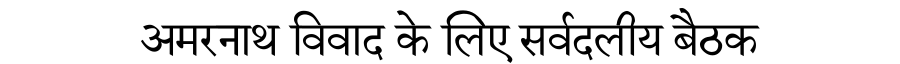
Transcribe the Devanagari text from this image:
अमरनाथ विवाद के लिए सर्वदलीय बैठक